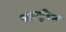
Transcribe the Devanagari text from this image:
बालभूमिका